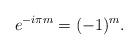
LaTeX: \begin{gather*}e^{-i\pi m} = (-1)^{m}.\end{gather*}